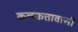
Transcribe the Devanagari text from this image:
कलकत्तावासी